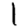
Digit: 1